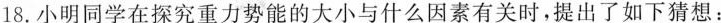
18.小明同学在探究重力势能的大小与什么因素有关时，提出了如下猜想：